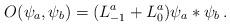
LaTeX: \begin{align*}O(\psi_a,\psi_b)=(L^a_{-1}+L_0^a)\psi_a*\psi_b\,.\end{align*}